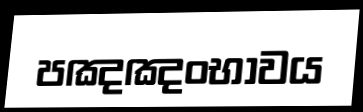
පඤඤංභාවය